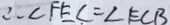
\therefore \angle F E C = \angle E C B